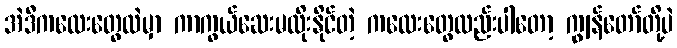
အဲဒီကလေးတွေထဲမှာ ကာကွယ်ဆေးမထိုးနိုင်တဲ့ ကလေးတွေလည်းပါတော့ ကျွန်တော်တို့ပဲ